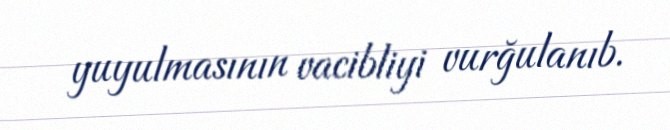
yuyulmasının vacibliyi vurğulanıb.